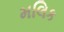
મલિક